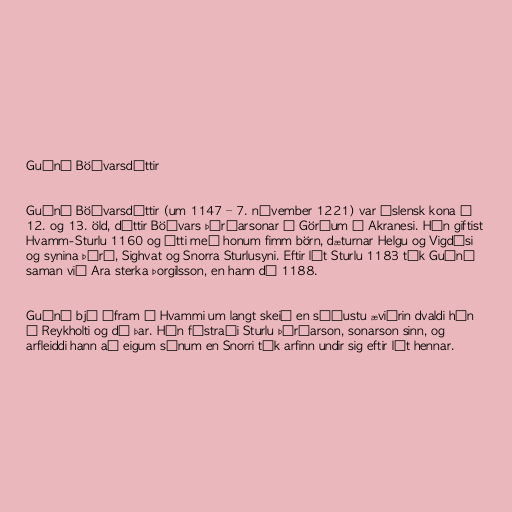
Guðný Böðvarsdóttir

Guðný Böðvarsdóttir (um 1147 – 7. nóvember 1221) var íslensk kona á
12. og 13. öld, dóttir Böðvars Þórðarsonar í Görðum á Akranesi. Hún giftist
Hvamm-Sturlu 1160 og átti með honum fimm börn, dæturnar Helgu og Vigdísi
og synina Þórð, Sighvat og Snorra Sturlusyni. Eftir lát Sturlu 1183 tók Guðný
saman við Ara sterka Þorgilsson, en hann dó 1188.

Guðný bjó áfram í Hvammi um langt skeið en síðustu æviárin dvaldi hún
í Reykholti og dó þar. Hún fóstraði Sturlu Þórðarson, sonarson sinn, og
arfleiddi hann að eigum sínum en Snorri tók arfinn undir sig eftir lát hennar.